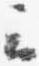
云